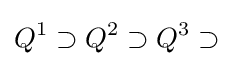
Q^{1}\supset Q^{2}\supset Q^{3}\supset